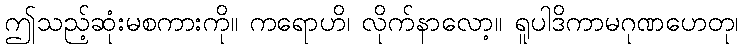
ဤသည့်ဆုံးမစကားကို။ ကရောဟိ၊ လိုက်နာလော့။ ရူပါဒိကာမဂုဏဟေတု၊